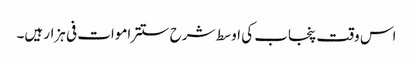
اس وقت پنجاب کی اوسط شرح ستتر اموات فی ہزار ہیں۔